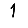
Digit: 1